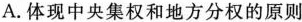
A.体现中央集权和地方分权的原则